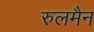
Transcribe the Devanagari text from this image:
रुलमैन